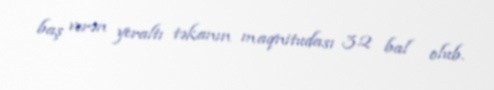
baş verən yeraltı təkanın maqnitudası 3.2 bal olub.